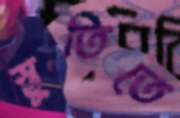
স্তুতিতে